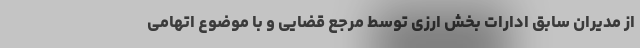
از مدیران سابق ادارات بخش ارزی توسط مرجع قضایی و با موضوع اتهامیِ